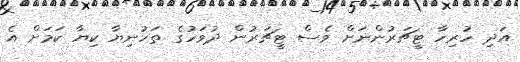
އަދި ހުރިހާ ޓީޗަރުންނަށް ވެސް ޓީޗަރުން ދުވަހުގެ ތަހުނިޔާ ކިޔާ ކަމަށް އެ